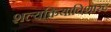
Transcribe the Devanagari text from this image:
शल्यक्रियाविशारद